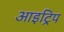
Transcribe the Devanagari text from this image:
आइट्रिप